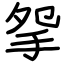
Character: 𢪸